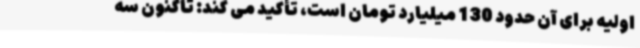
اولیه برای آن حدود 130 میلیارد تومان است، تأکید می کند: تاکنون سه